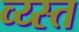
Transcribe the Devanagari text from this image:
व्य्स्त